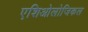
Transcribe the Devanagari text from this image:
एशिओलोजिकल